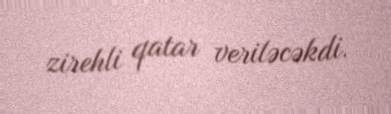
zirehli qatar veriləcəkdi.